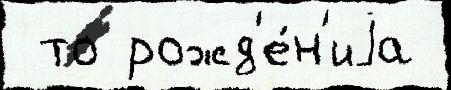
 то рожд'е́н'иjа